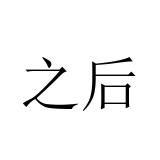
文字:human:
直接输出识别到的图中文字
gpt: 之后